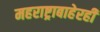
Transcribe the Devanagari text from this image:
महराष्ट्राबाहेरही